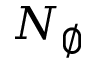
N _ { \emptyset }